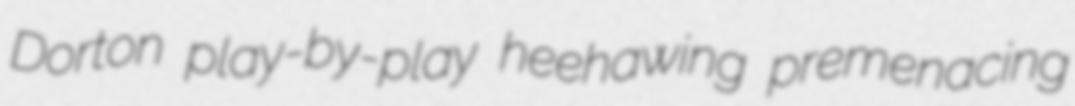
Dorton play-by-play heehawing premenacing